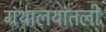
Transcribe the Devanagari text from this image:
ग्रंथालयांतली